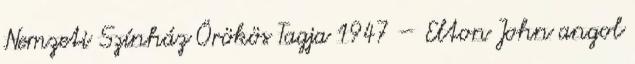
Nemzeti Színház Örökös Tagja 1947 – Elton John angol